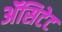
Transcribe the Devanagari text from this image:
ॲसिटेट